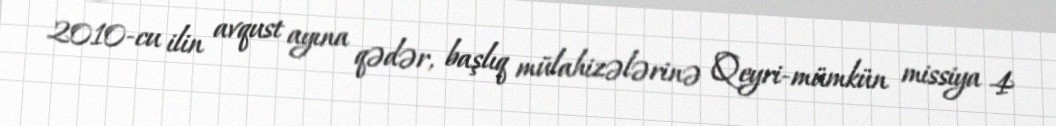
2010-cu ilin avqust ayına qədər, başlıq mülahizələrinə Qeyri-mümkün missiya 4